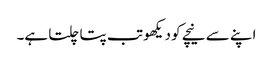
اپنے سے نیچے کو دیکھو تب پتا چلتا ہے۔